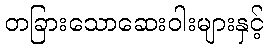
တခြားသောဆေးဝါးများနှင့်